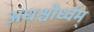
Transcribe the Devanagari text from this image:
अधश्चोर्ध्वम्